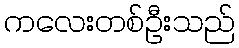
ကလေးတစ်ဦးသည်